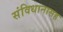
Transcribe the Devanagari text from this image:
संविधानासह